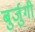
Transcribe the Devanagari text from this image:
बुर्जुगी